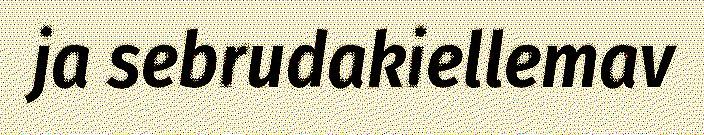
ja sebrudakiellemav